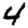
Digit: 4